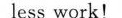
less work!